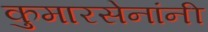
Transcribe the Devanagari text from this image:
कुमारसेनांनी